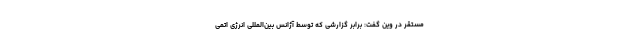
مستقر در وین گفت: برابر گزارشی که توسط آژانس بین‌المللی انرژی اتمی